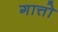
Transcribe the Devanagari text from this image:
गात्तो